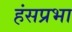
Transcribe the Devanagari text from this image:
हंसप्रभा